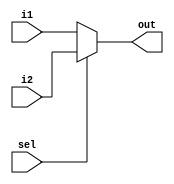

module MUX_2to1_32bit(i1, i2, sel, out);

input wire[0:0] sel;
input wire[31:0] i1, i2;
output wire[31:0] out;

assign out = (sel==1'b0) ? i1 : i2;


endmodule